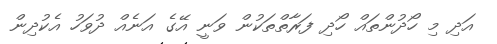
އަދި މި ހޯދުންތައް ހޯދި ފަރާތްތަކުން ވަނީ އޭގެ އަނެއް ދުވަހު އެކުދިން